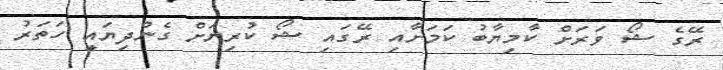
ރޭގެ ޝޯ ވަރަށް ކާމިޔާބު ކަމަށާއި ރޭގައި ޝޯ ކުރިޔަށް ގެންދިޔައީ ހަތަރު